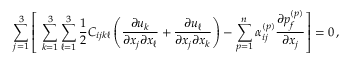
\sum _ { j = 1 } ^ { 3 } \left[ \, \, \sum _ { k = 1 } ^ { 3 } \sum _ { \ell = 1 } ^ { 3 } \frac { 1 } { 2 } C _ { i j k \ell } \left( \frac { \partial u _ { k } } { \partial { x _ { j } } \partial { x _ { \ell } } } + \frac { \partial u _ { \ell } } { \partial { x _ { j } } \partial { x _ { k } } } \right) - \sum _ { p = 1 } ^ { n } \alpha _ { i j } ^ { ( p ) } \frac { \partial { p _ { f } ^ { ( p ) } } } { \partial { x _ { j } } } \right] = 0 \, ,